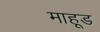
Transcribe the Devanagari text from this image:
माहूड